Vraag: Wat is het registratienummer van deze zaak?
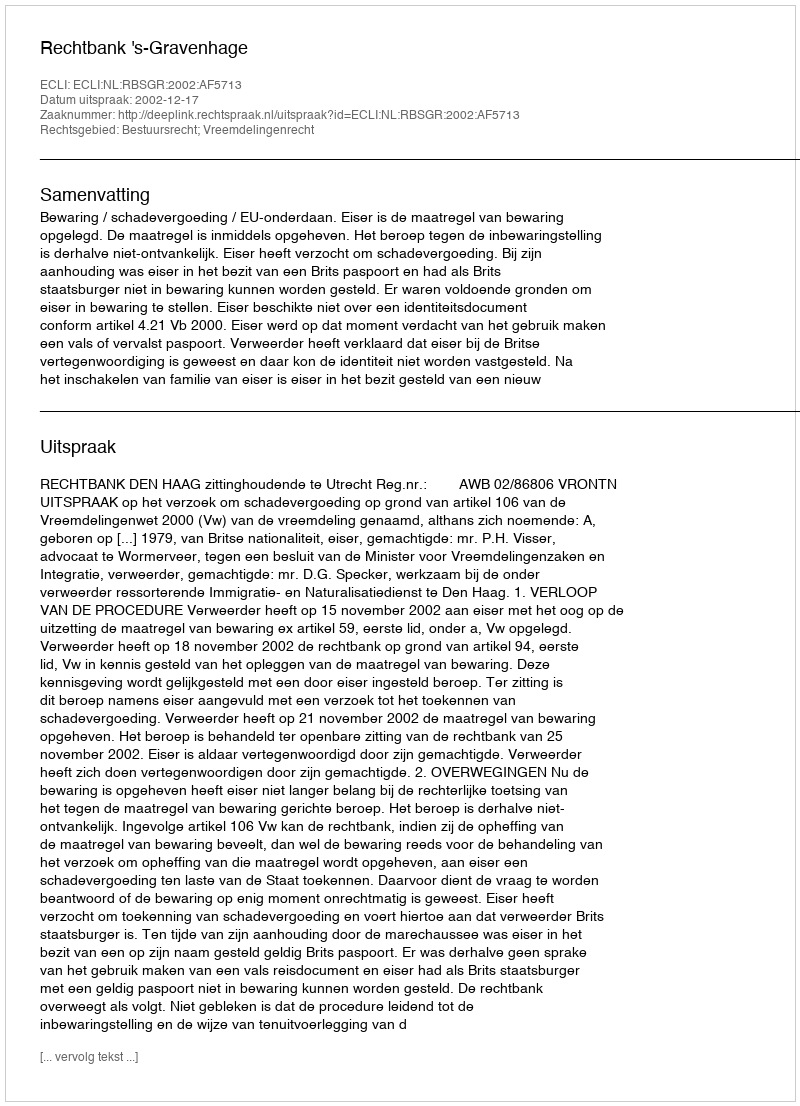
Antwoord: http://deeplink.rechtspraak.nl/uitspraak?id=ECLI:NL:RBSGR:2002:AF5713